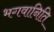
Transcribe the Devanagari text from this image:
भगवानिति